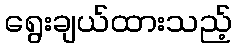
ရွေးချယ်ထားသည့်